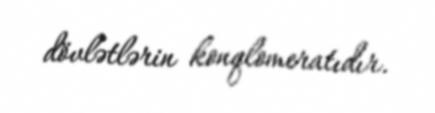
dövlətlərin konqlomeratıdır.